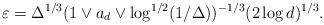
LaTeX: \begin{align*}\varepsilon=\Delta^{1/3}(1\vee a_d\vee\log^{1/2}(1/\Delta))^{-1/3}(2\log d)^{1/3}.\end{align*}